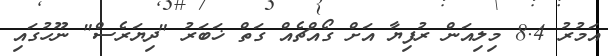
އަމުރު 8.4 މިލިއަން ރުފިޔާ އަށް ގޯއްޗެއް ގަތް ޚަބަރު "ދިޔަރެސް" ނޫހުގައި